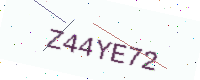
Text: Z44YE72